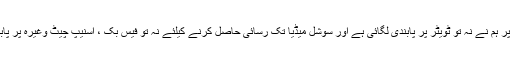
مثال کے طور پر ہم نے نہ تو ٹویٹر پر پابندى لگائى ہے اور سوشل میڈیا تک رسائى حاصل کرنے کیلئے نہ تو فیس بک ، اسنیپ چیٹ وغیره پر پابندى لگائى ہے۔